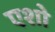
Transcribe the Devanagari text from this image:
एशो